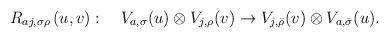
LaTeX: \begin{align*}R_{aj,\sigma \rho}\left( u,v\right):\quad V_{a,\sigma}(u)\otimes V_{j,\rho}(v)\rightarrow V_{j,\bar{\rho}}(v)\otimes V_{a,\bar{\sigma}}(u).\end{align*}